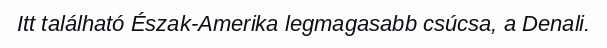
Itt található Észak-Amerika legmagasabb csúcsa, a Denali.